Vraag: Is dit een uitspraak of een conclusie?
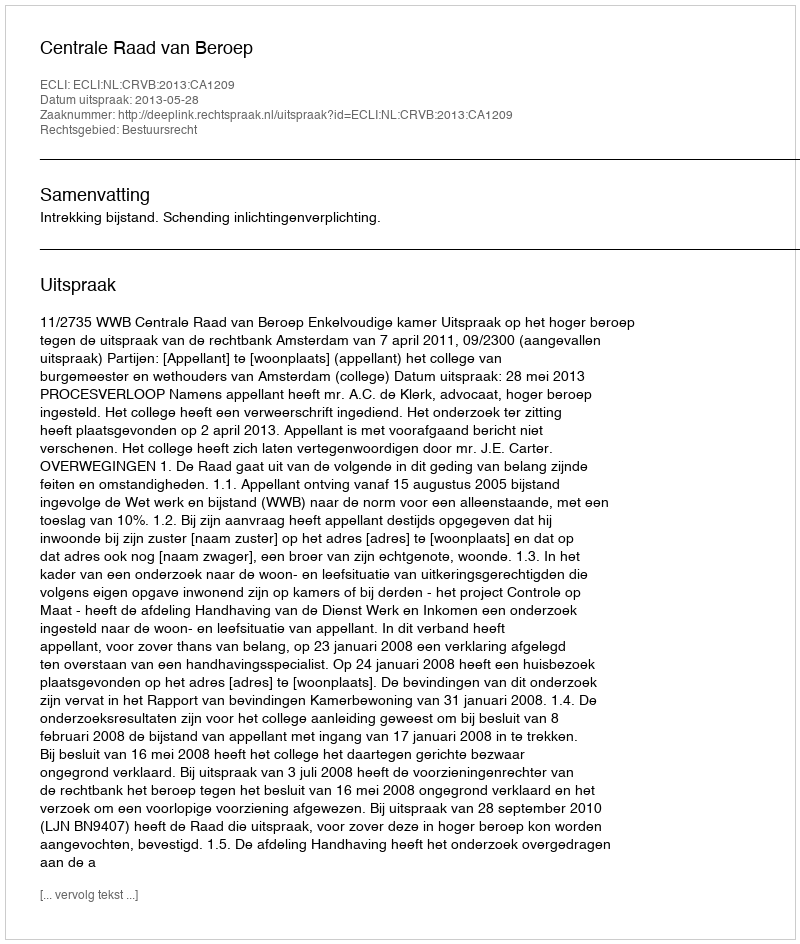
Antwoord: Uitspraak